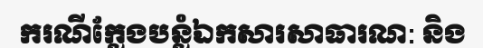
ករណីក្លែងបន្លំឯកសារសាធារណ: និង